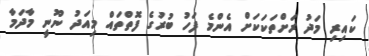
ކައިރި މަދު ރަށްތަކަކަށް އެންމެ ފަހު ބުރުގެ ފޮތްތައް މިއަދު ނޫނީ މާދަމާ